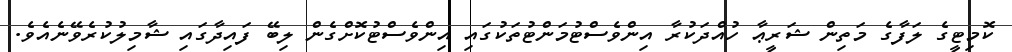
ކޮމިޓީގެ ލަފާގެ މަތިން ޝަރީޢާ ހުއްދަކުރާ އިންވެސްޓުމަންޓުތަކުގައި އިންވެސްޓުކޮށްގެން ލިބޭ ފައިދާގައި ޝާމިލުކުރެވޭނެއެވެ.